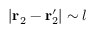
| \mathbf { r } _ { 2 } - \mathbf { r } _ { 2 } ^ { \prime } | \sim l